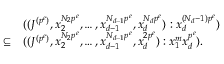
\begin{array} { l l } & { ( ( J ^ { ( p ^ { e } ) } , x _ { 2 } ^ { N _ { 2 } p ^ { e } } , \ldots , x _ { d - 1 } ^ { N _ { d - 1 } p ^ { e } } , x _ { d } ^ { N _ { d } p ^ { e } } ) : x _ { d } ^ { ( N _ { d } - 1 ) p ^ { e } } ) } \\ { \subseteq } & { ( ( J ^ { ( p ^ { e } ) } , x _ { 2 } ^ { N _ { 2 } p ^ { e } } , \ldots , x _ { d - 1 } ^ { N _ { d - 1 } p ^ { e } } , x _ { d } ^ { 2 p ^ { e } } ) : x _ { 1 } ^ { m } x _ { d } ^ { p ^ { e } } ) . } \end{array}